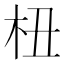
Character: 杻